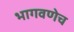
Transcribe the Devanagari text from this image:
भागवणेच